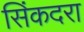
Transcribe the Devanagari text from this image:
सिंकदरा